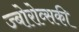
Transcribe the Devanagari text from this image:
ज्बोरोव्सकी